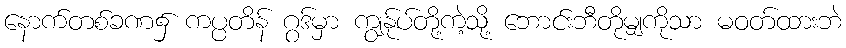
နောက်တစ်ခဏ၌ ကပ္ပတိန် ဂွဒ်မှာ ကျွန်ုပ်တို့ကဲ့သို့ ဘောင်းဘီတိုမျှကိုသာ မဝတ်ထားဘဲ